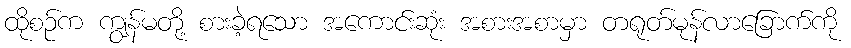
ထိုစဉ်က ကျွန်မတို့ စားခဲ့ရသော အကောင်းဆုံး အစားအစာမှာ တရုတ်မုန်လာခြောက်ကို